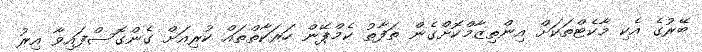
ބޭރުގެ އެކި މާކެޓްތަކަށް އިންތިޒާމްކޮށްގެން ތަފާތު ކެމްޕޭން ހަރަކާތްތައް ކުރިއަށް ގެންގޮސްފައިވާ އިރު